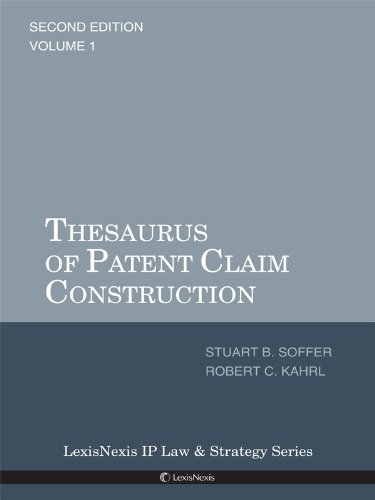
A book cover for Thesaurus of Patent Claim Construction; Robert C. Kahrl; Reference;